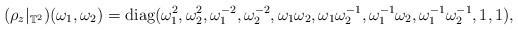
LaTeX: \begin{align*} (\rho_z|_{\mathbb{T}^2})(\omega_1,\omega_2) = \textrm{diag}(\omega_1^2, \omega_2^2, \omega_1^{-2}, \omega_2^{-2}, \omega_1\omega_2, \omega_1\omega_2^{-1}, \omega_1^{-1}\omega_2, \omega_1^{-1}\omega_2^{-1}, 1, 1),\end{align*}